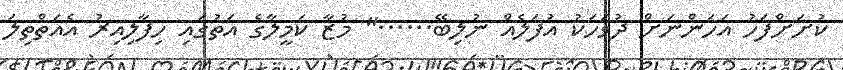
ކުށަށްފަހު އަހަންނަށް ދުވަހަކު އުފަލެއް ނުލިބޭ......" މުޒާ ކަމީލާގެ އަތުގައި ހިފާލިއިރު އެއަތްތިލަ